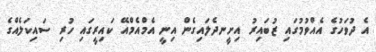
އެ ދުވަހުގެ އެއްވުމުގައި ޒުބައިރު އިށީނދެލައިގެން އިނީ އެމްއެމްއޭ ކައިރީގައި ހުރި ސައިކަލެއްގެ